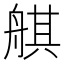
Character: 䑴